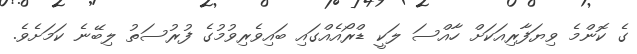
ގެ ކޮންމެ ވިޔަފާރިއަކަށް ހާއްސަ ލަކީ ޑްރޯއެއްގައި ބައިވެރިވުމުގެ ފުރުސަތު ލިބޭނެ ކަމަށެވެ.